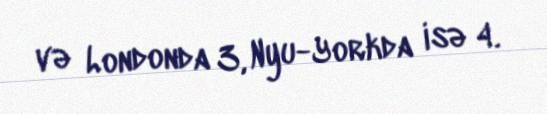
və Londonda 3, Nyu-Yorkda isə 4.